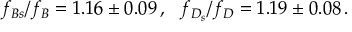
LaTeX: \nonumber \, f _ { B s } / f _ { B } = 1 . 1 6 \pm 0 . 0 9 \, , ~ ~ f _ { D _ { s } } / f _ { D } = 1 . 1 9 \pm 0 . 0 8 \, .